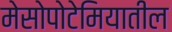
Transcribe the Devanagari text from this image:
मेसोपोटेमियातील